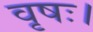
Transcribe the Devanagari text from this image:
वृषः।